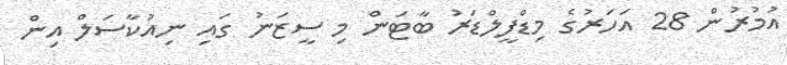
އުމުރުން 28 އަހަރުގެ މިޑްފީލްޑަރު ބާޓަން މި ސީޒަނު ގައި ނިއުކާސަލް އިން